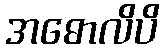
အဓောလိပိ